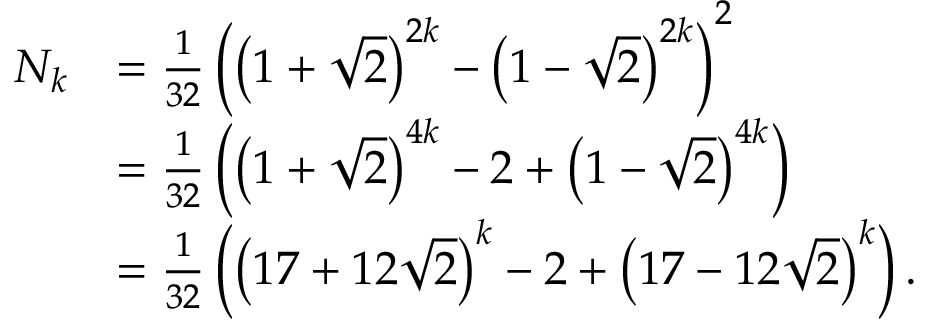
{ \begin{array} { r l } { N _ { k } } & { = { \frac { 1 } { 3 2 } } \left( \left( 1 + { \sqrt { 2 } } \right) ^ { 2 k } - \left( 1 - { \sqrt { 2 } } \right) ^ { 2 k } \right) ^ { 2 } } \\ & { = { \frac { 1 } { 3 2 } } \left( \left( 1 + { \sqrt { 2 } } \right) ^ { 4 k } - 2 + \left( 1 - { \sqrt { 2 } } \right) ^ { 4 k } \right) } \\ & { = { \frac { 1 } { 3 2 } } \left( \left( 1 7 + 1 2 { \sqrt { 2 } } \right) ^ { k } - 2 + \left( 1 7 - 1 2 { \sqrt { 2 } } \right) ^ { k } \right) . } \end{array} }